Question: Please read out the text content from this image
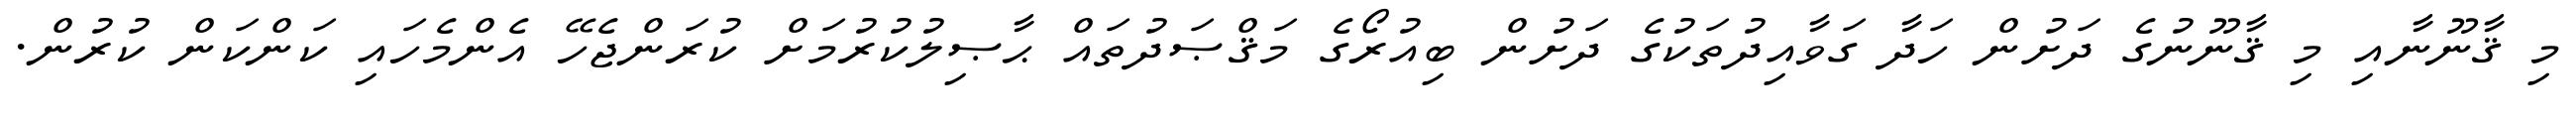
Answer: މި ޤާނޫނާއި މި ޤާނޫނުގެ ދަށުން ހަދާ ގަވާއިދުތަކުގެ ދަށުން ބިއުރޯގެ މަޤްޞަދުތައް ޙާޞިލުކުރުމަށް ކުރަންޖެހޭ އެންމެހައި ކަންކަން ކުރުން.